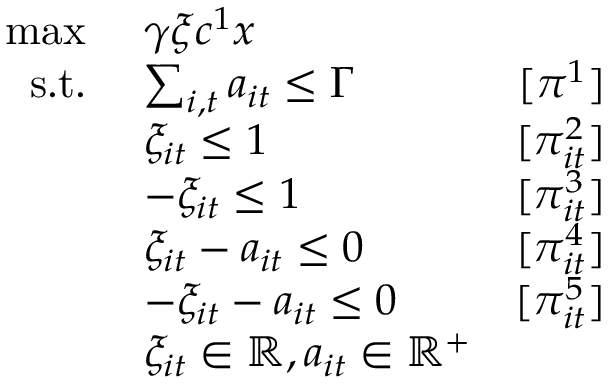
\begin{array} { r l r } { \operatorname* { m a x } \ } & { \gamma \xi c ^ { 1 } x } \\ { \mathrm { s . t . } \ } & { \sum _ { i , t } a _ { i t } \leq \Gamma } & { [ \pi ^ { 1 } ] } \\ & { \xi _ { i t } \leq 1 } & { [ \pi _ { i t } ^ { 2 } ] } \\ & { - \xi _ { i t } \leq 1 } & { [ \pi _ { i t } ^ { 3 } ] } \\ & { \xi _ { i t } - a _ { i t } \leq 0 } & { [ \pi _ { i t } ^ { 4 } ] } \\ & { - \xi _ { i t } - a _ { i t } \leq 0 } & { [ \pi _ { i t } ^ { 5 } ] } \\ & { \xi _ { i t } \in \mathbb { R } , a _ { i t } \in \mathbb { R } ^ { + } } \end{array}